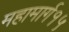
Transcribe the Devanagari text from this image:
महामार्ग१५